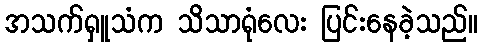
အသက်ရှူသံက သိသာရုံလေး ပြင်းနေခဲ့သည်။